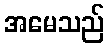
အမေသည်